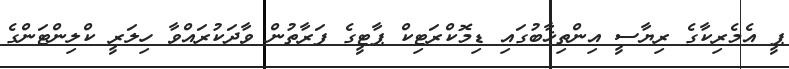
ޕީ އެމެރިކާގެ ރިޔާސީ އިންތިޚާބުގައި ޑިމޮކްރަޓިކް ޕާޓީގެ ފަރާތުން ވާދަކުރައްވާ ހިލަރީ ކްލިންޓަންގެ